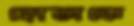
হোতাকে